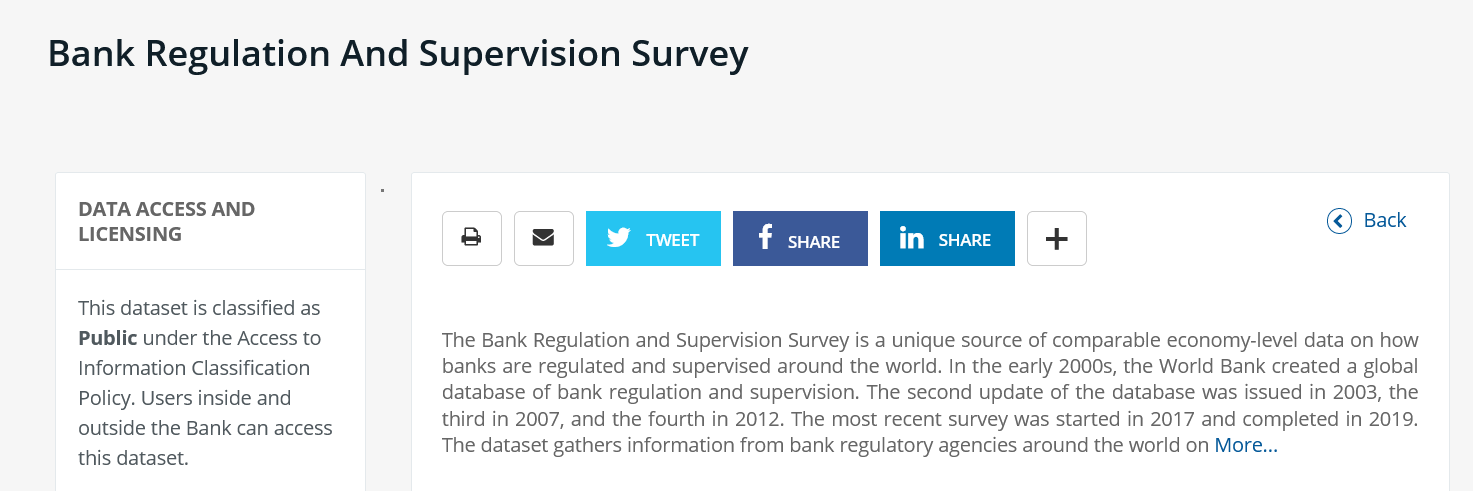
Bank    Regulation    And    Supervision    Survey
     DATA ACCESS AND
     LICENSING
     This dataset is classified as
     Public under the Access to
     Information Classification
     Policy. Users inside and
     outside the Bank can access
     this dataset.
     a    EE    «
     The Bank Regulation and Supervision Survey is a unique source of comparable economy-level data on how
     banks are regulated and supervised around the world. In the early 2000s, the World Bank created a global
     database of bank regulation and supervision. The second update of the database was issued in 2003, the
     third in 2007, and the fourth in 2012. The most recent survey was started in 2017 and completed in 2019.
     The dataset gathers information from bank regulatory agencies around the world on More...